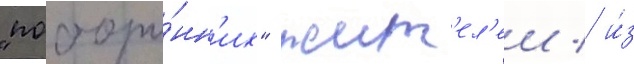
"посторо́нн'их" жит'ел'еи / и́з